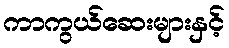
ကာကွယ်ဆေးများနှင့်